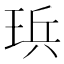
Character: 𪻤